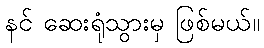
နင် ဆေးရုံသွားမှ ဖြစ်မယ်။